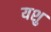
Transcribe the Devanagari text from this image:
यशु